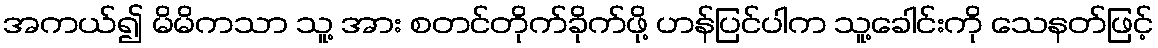
အကယ်၍ မိမိကသာ သူ့ အား စတင်တိုက်ခိုက်ဖို့ ဟန်ပြင်ပါက သူ့ခေါင်းကို သေနတ်ဖြင့်